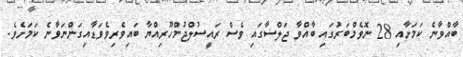
ބާއްވާނެ ކަމަށާއި 28 ނޮވެމްބަރުގައި ބާއްވާ ޖަލްސާގައި ވެސް ރައީސުލްޖުމްހޫރިއްޔާ ބައިވެރިވެވަޑާއިގަންނަވާނެ ކަމަށެވެ.